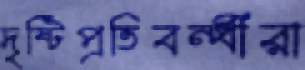
দৃষ্টিপ্রতিবন্ধীরা